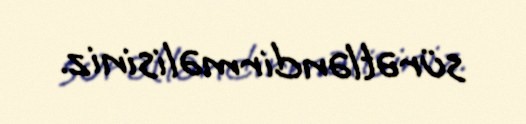
sürətləndirməlisiniz.